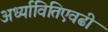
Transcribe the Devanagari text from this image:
अर्ध्यावितिएवढी